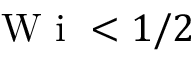
\textrm { W i } < 1 / 2